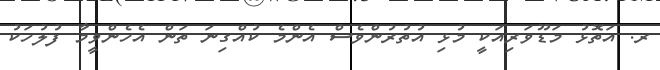
ރ. އަތޮޅު މަޑޫވަރިއަކީ މުޅި އުތުރުންވެސް އެންމެ ކުއްގިނަ ތަން އެހެންވީމާ ފުލުހަކު